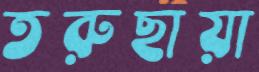
তরুছায়া